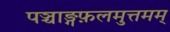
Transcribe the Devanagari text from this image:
पञ्चाङ्गफ़लमुत्तमम्